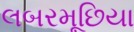
લબરમૂછિયા